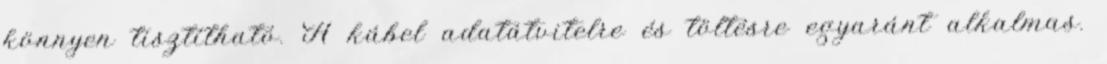
könnyen tisztítható. A kábel adatátvitelre és töltésre egyaránt alkalmas.